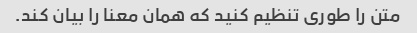
متن را طوری تنظیم کنید که همان معنا را بیان کند.